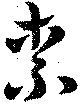
奈